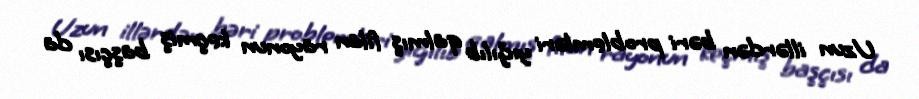
Uzun illərdən bəri problemləri yığılıb qalmış filan rayonun keçmiş başçısı da